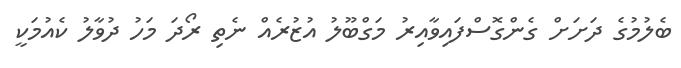
ބެލުމުގެ ދަށަށް ގެންގޮސްފައިވާއިރު މަގްބޫލު އުޒުރެއް ނެތި ރޯދަ މަހު ދުވާލު ކެއުމަކީ